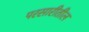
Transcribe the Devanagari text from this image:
परसारीतील